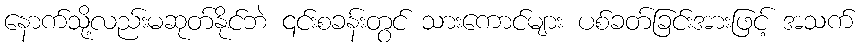
နောက်သို့လည်းမဆုတ်နိုင်ဘဲ ၎င်းစခန်းတွင် သားကောင်များ ပစ်ခတ်ခြင်းအားဖြင့် အသက်